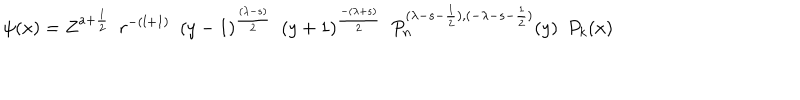
LaTeX: \psi ( x ) = Z ^ { a + \frac { 1 } { 2 } } \, \, \, r ^ { - ( l + 1 ) } \, \, \, ( y - 1 ) ^ { \frac { ( \lambda - s ) } { 2 } } \, \, \, ( y + 1 ) ^ { \frac { - ( \lambda + s ) } { 2 } } \, \, \, P _ { n } ^ { ( \lambda - s - \frac { 1 } { 2 } ) , ( - \lambda - s - \frac { 1 } { 2 } ) } ( y ) \, \, \, P _ { k } ( x )